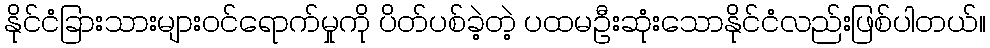
နိုင်ငံခြားသားများဝင်ရောက်မှုကို ပိတ်ပစ်ခဲ့တဲ့ ပထမဦးဆုံးသောနိုင်ငံလည်းဖြစ်ပါတယ်။